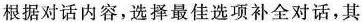
根据对话内容,选择最佳选项补全对话,其